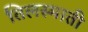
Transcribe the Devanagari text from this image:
तिलस्माती